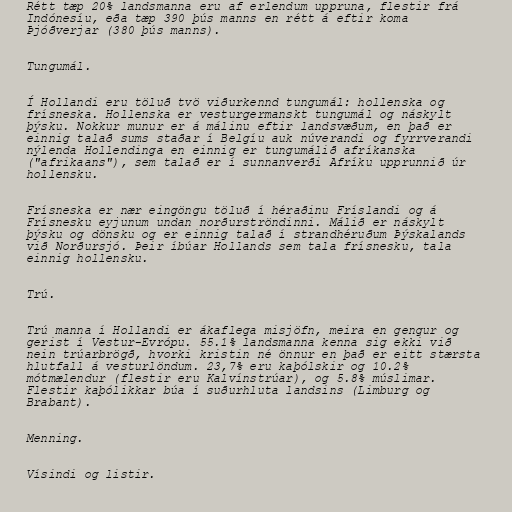
Rétt tæp 20% landsmanna eru af erlendum uppruna, flestir frá
Indónesíu, eða tæp 390 þús manns en rétt á eftir koma
Þjóðverjar (380 þús manns).

Tungumál.

Í Hollandi eru töluð tvö viðurkennd tungumál: hollenska og
frísneska. Hollenska er vesturgermanskt tungumál og náskylt
þýsku. Nokkur munur er á málinu eftir landsvæðum, en það er
einnig talað sums staðar í Belgíu auk núverandi og fyrrverandi
nýlenda Hollendinga en einnig er tungumálið afríkanska
("afrikaans"), sem talað er í sunnanverði Afríku upprunnið úr
hollensku.

Frísneska er nær eingöngu töluð í héraðinu Fríslandi og á
Frísnesku eyjunum undan norðurströndinni. Málið er náskylt
þýsku og dönsku og er einnig talað í strandhéruðum Þýskalands
við Norðursjó. Þeir íbúar Hollands sem tala frísnesku, tala
einnig hollensku.

Trú.

Trú manna í Hollandi er ákaflega misjöfn, meira en gengur og
gerist í Vestur-Evrópu. 55.1% landsmanna kenna sig ekki við
nein trúarbrögð, hvorki kristin né önnur en það er eitt stærsta
hlutfall á vesturlöndum. 23,7% eru kaþólskir og 10.2%
mótmælendur (flestir eru Kalvínstrúar), og 5.8% múslimar.
Flestir kaþólikkar búa í suðurhluta landsins (Limburg og
Brabant).

Menning.

Vísindi og listir.